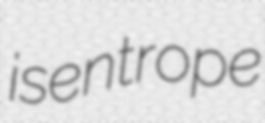
isentrope